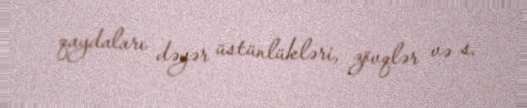
qaydaları dəyər üstünlükləri, zövqlər və s.